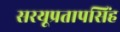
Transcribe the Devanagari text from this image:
सरयूप्रतापसिंह